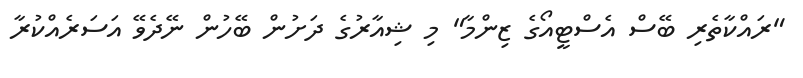
"ރައްކާތެރި ބޭސް އެސްޓީއޯގެ ޒިންމާ" މި ޝިއާރުގެ ދަށުން ބޭހުން ނޭދެވޭ އަސަރެއްކުރާ